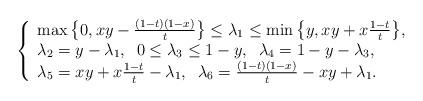
LaTeX: \begin{align*}\left\{\begin{array}{lllllll}\max\big\{0,xy-\frac{(1-t)(1-x)}{t}\big\}\leq \lambda_1 \leq \min\big\{y,xy+x\frac{1-t}{t}\big\}, \\\lambda_2=y-\lambda_1, \;\;0\leq\lambda_3\leq 1-y, \;\;\lambda_4=1-y-\lambda_3,\\\lambda_5=xy+x\frac{1-t}{t}-\lambda_1, \;\;\lambda_6=\frac{(1-t)(1-x)}{t}-xy+\lambda_1.\end{array}\right.\end{align*}